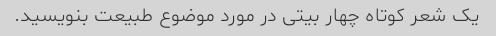
یک شعر کوتاه چهار بیتی در مورد موضوع طبیعت بنویسید.